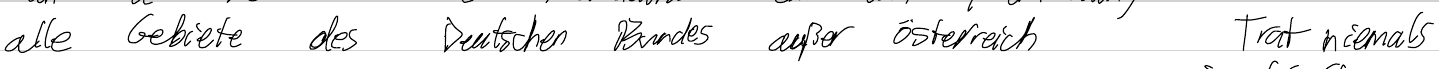
alle Gebiete des Deutschen Bundes außer Österreich    Trat niemals